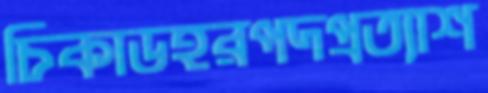
চিকাডহরপদপ্রত্যাশ